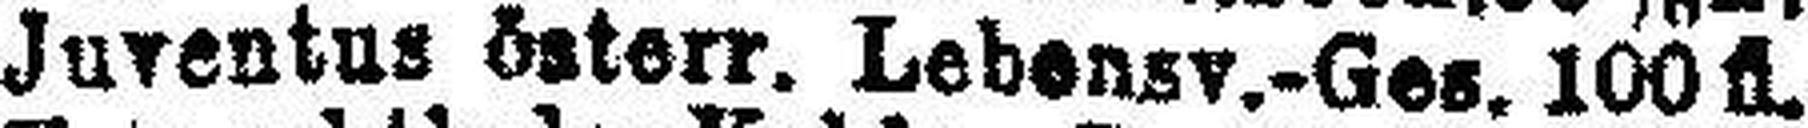
Juventus österr. Lebensv.-Ges. 100fl.